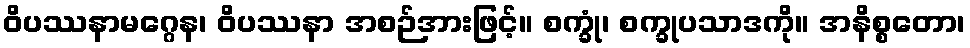
ဝိပဿနာမဂ္ဂေန၊ ဝိပဿနာ အစဉ်အားဖြင့်။ စက္ခုံ၊ စက္ခုပသာဒကို။ အနိစ္စတော၊